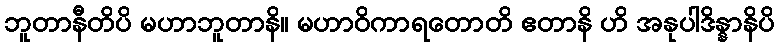
ဘူတာနီတိပိ မဟာဘူတာနိ။ မဟာဝိကာရတောတိ ဧတာနိ ဟိ အနုပါဒိန္နာနိပိ